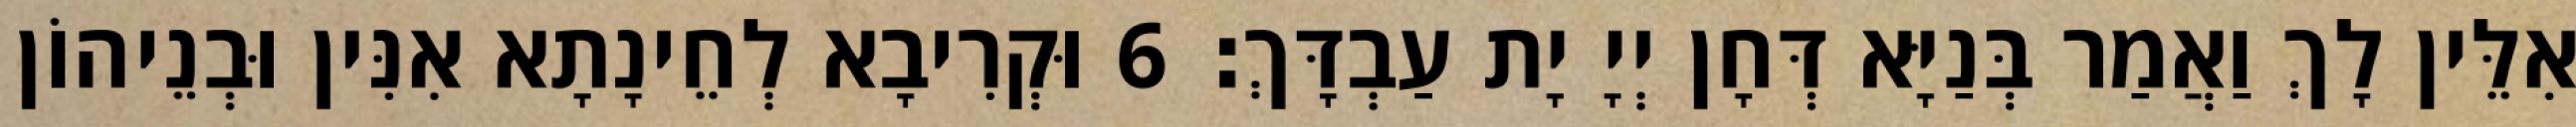
אִלֵּין לָךְ וַאֲמַר בְּנַיָּא דְּחָן יְיָ יָת עַבְדָּךְ׃ 6 וּקְרִיבָא לְחֵינָתָא אִנִּין וּבְנֵיהוֹן